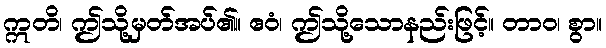
ဣတိ၊ ဤသို့မှတ်အပ်၏။ ဧဝံ၊ ဤသို့သောနည်းဖြင့်။ တာဝ၊ စွာ။